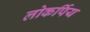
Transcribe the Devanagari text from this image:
लोकर्पिय